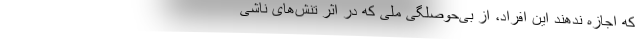
که اجازه ندهند این افراد، از بی‌حوصلگی ملی که در اثر تنش‌های ناشی